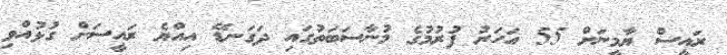
ރައީސް ޔާމީނަށް 55 އަހަރު ފުރުމުގެ މުނާސަބަތުގައި ދަގަނޑޭ އިއްޔެ ރައީސަށް ގުޅުއްވި